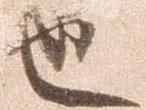
也